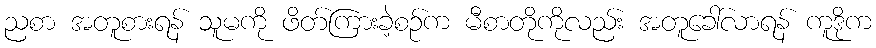
ညစာ အတူစားရန် သူမကို ဖိတ်ကြားခဲ့စဉ်က မီစာတိုကိုလည်း အတူခေါ်လာရန် ကူဒိုက